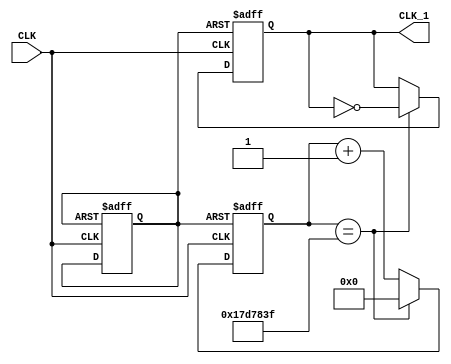
module CLOCK_1
(
	input CLK,
	output reg CLK_1
);
reg RESET;
reg [24:0]cont;
initial RESET = 0;

always@(negedge CLK or negedge RESET)
	begin
		if(!RESET)
		begin
			cont = 0;
			CLK_1 = 0;
			RESET = 1;
		end
		else
			if(cont == 24999999)
			begin
				cont = 0;
				CLK_1=~CLK_1;
			end
			else
				cont = cont+1;
	end
endmodule